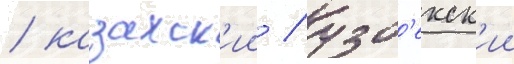
/ казахск'ии / узб'екск'ии